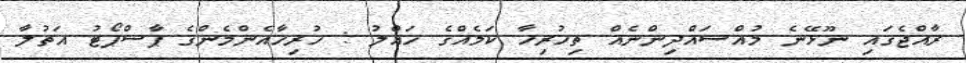
ރާއްޖެގައި ނޫޅޭނެ މުއްސައްދިންނެއް ތިހުރިހާ ކަމެއްގެ ހައްލު : ހުރިހާއެންމެންގެ ޕާސްޕޯޓު އަތުލާ